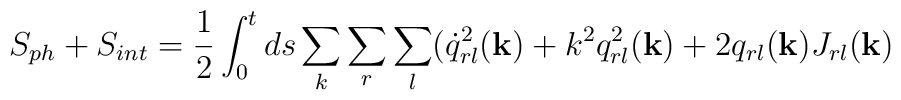
S_{ph} + S_{int} = \frac{1}{2} \int_0^t ds \sum_k \sum_r \sum_l  (\dot{q}^2_{rl}({\bf k}) + k^2 q^2_{rl}({\bf k}) + 2 q_{rl}({\bf k}) J_{rl}({\bf k})